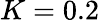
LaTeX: K=0.2